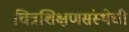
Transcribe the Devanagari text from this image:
चित्रशिक्षणसंस्थेची